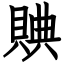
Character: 賟